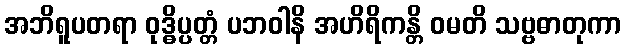
အဘိရူပတရာ ဝုဒ္ဓိပ္ပတ္တံ ပဘဝါနိ အဟိရိကန္တိ ဝမတိ သဗ္ဗဓာတုကာ